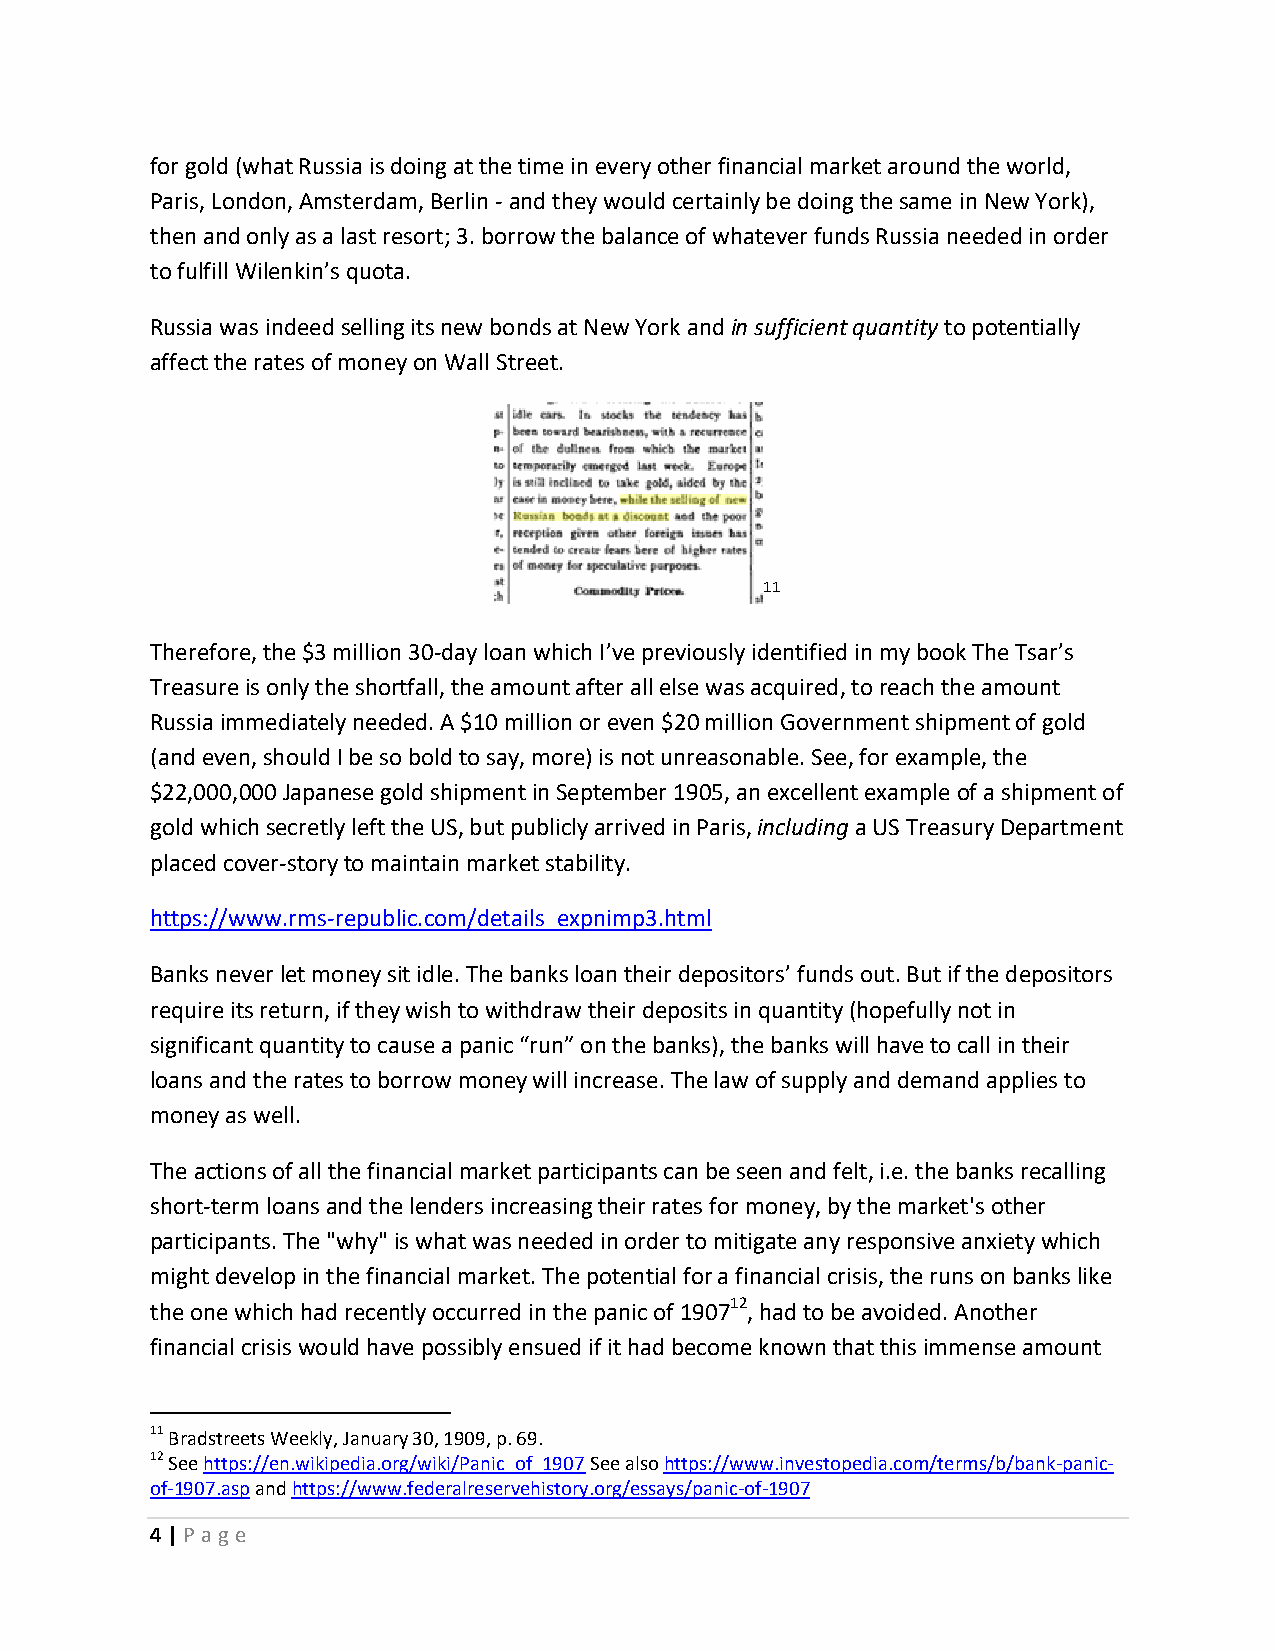
for gold (what Russia is doing at the time in every other financial market around the world,
 Paris, London, Amsterdam, Berlin - and they would certainly be doing the same in New York),
 then and only as a last resort; 3. borrow the balance of whatever funds Russia needed in order
 to fulfill Wilenkin’s quota.
 Russia was indeed selling its new bonds at New York and in sufficient quantity to potentially
 affect the rates of money on Wall Street.
 11
 Therefore, the $3 million 30-day loan which I’ve previously identified in my book The Tsar’s
 Treasure is only the shortfall, the amount after all else was acquired, to reach the amount
 Russia immediately needed. A $10 million or even $20 million Government shipment of gold
 (and even, should I be so bold to say, more) is not unreasonable. See, for example, the
 $22,000,000 Japanese gold shipment in September 1905, an excellent example of a shipment of
 gold which secretly left the US, but publicly arrived in Paris, including a US Treasury Department
 placed cover-story to maintain market stability.
 https://www.rms-republic.com/details_expnimp3.html
 Banks never let money sit idle. The banks loan their depositors’ funds out. But if the depositors
 require its return, if they wish to withdraw their deposits in quantity (hopefully not in
 significant quantity to cause a panic “run” on the banks), the banks will have to call in their
 loans and the rates to borrow money will increase. The law of supply and demand applies to
 money as well.
 The actions of all the financial market participants can be seen and felt, i.e. the banks recalling
 short-term loans and the lenders increasing their rates for money, by the market's other
 participants. The "why" is what was needed in order to mitigate any responsive anxiety which
 might develop in the financial market. The potential for a financial crisis, the runs on banks like
 the one which had recently occurred in the panic of 190712, had to be avoided. Another
 financial crisis would have possibly ensued if it had become known that this immense amount
 11 Bradstreets Weekly, January 30, 1909, p. 69.
 12 See https://en.wikipedia.org/wiki/Panic_of_1907 See also https://www.investopedia.com/terms/b/bank-panic-
 of-1907.asp and https://www.federalreservehistory.org/essays/panic-of-1907
 4 | P age